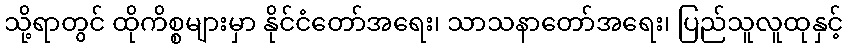
သို့ရာတွင် ထိုကိစ္စများမှာ နိုင်ငံတော်အရေး၊ သာသနာတော်အရေး၊ ပြည်သူလူထုနှင့်